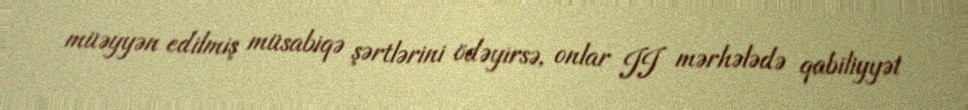
müəyyən edilmiş müsabiqə şərtlərini ödəyirsə, onlar II mərhələdə qabiliyyət